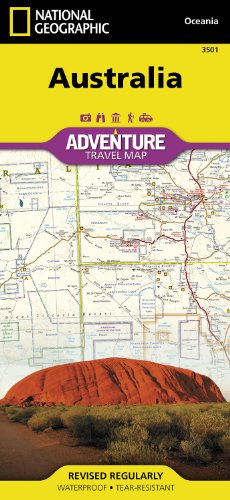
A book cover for Australia (National Geographic Adventure Map); National Geographic Maps - Adventure; Reference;